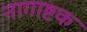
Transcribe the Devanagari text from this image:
नागाष्टक